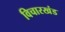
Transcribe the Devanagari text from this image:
विचारखंड